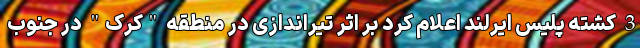
3 کشته پلیس ایرلند اعلام کرد بر اثر تیراندازی در منطقه "کُرک" در جنوب